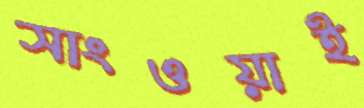
সাংওয়াই